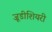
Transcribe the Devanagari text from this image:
जूडीशियरी